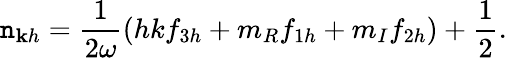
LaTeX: \mathtt{n}_{\mathbf{{k}}h}=\frac{{1}}{{2\omega}}\left(h{k}f_{3h}+m_{R}f_{1h}+m_{I}f_{2h}\right)+\frac{{1}}{{2}}.